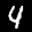
Label: 4